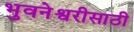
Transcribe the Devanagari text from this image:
भुवनेश्वरीसाठी